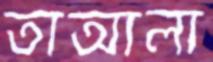
তাআলা